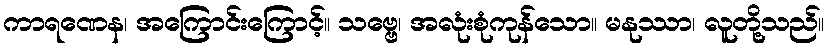
ကာရဏေန၊ အကြောင်းကြောင့်။ သဗ္ဗေ၊ အလုံးစုံကုန်သော။ မနုဿာ၊ လူတို့သည်။